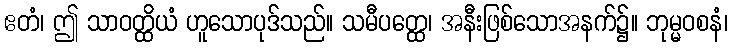
ဧတံ၊ ဤ သာဝတ္ထိယံ ဟူသောပုဒ်သည်။ သမီပတ္ထေ၊ အနီးဖြစ်သောအနက်၌။ ဘုမ္မဝစနံ၊